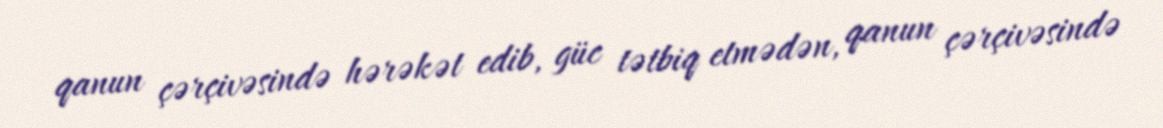
qanun çərçivəsində hərəkət edib, güc tətbiq etmədən, qanun çərçivəsində